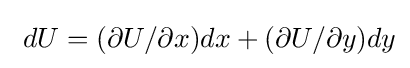
\ dU=(\partial U/\partial x)dx+(\partial U/\partial y)dy